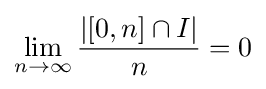
\lim _{n\to \infty }{\frac {|[0,n]\cap I|}{n}}=0